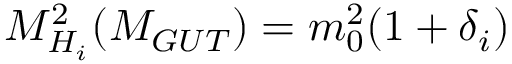
M _ { H _ { i } } ^ { 2 } ( M _ { G U T } ) = m _ { 0 } ^ { 2 } ( 1 + \delta _ { i } )